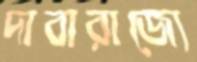
দাবারাজ্যে